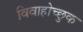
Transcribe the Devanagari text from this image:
विवाहोच्छुक